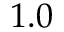
1 . 0